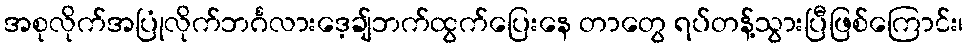
အစုလိုက်အပြုံလိုက်ဘင်္ဂလားဒေ့ချ်ဘက်ထွက်ပြေးနေ တာတွေ ရပ်တန့်သွားပြီဖြစ်ကြောင်း၊